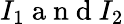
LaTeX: I_{1}\mathrm{~a~n~d~}I_{2}